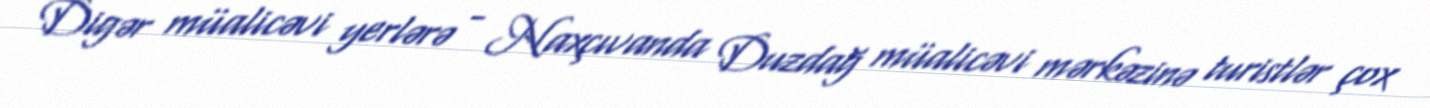
Digər müalicəvi yerlərə - Naxçıvanda Duzdağ müalicəvi mərkəzinə turistlər çox